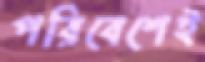
পরিবেশেই